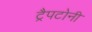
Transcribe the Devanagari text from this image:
ट्रैपटोनी